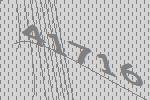
41716